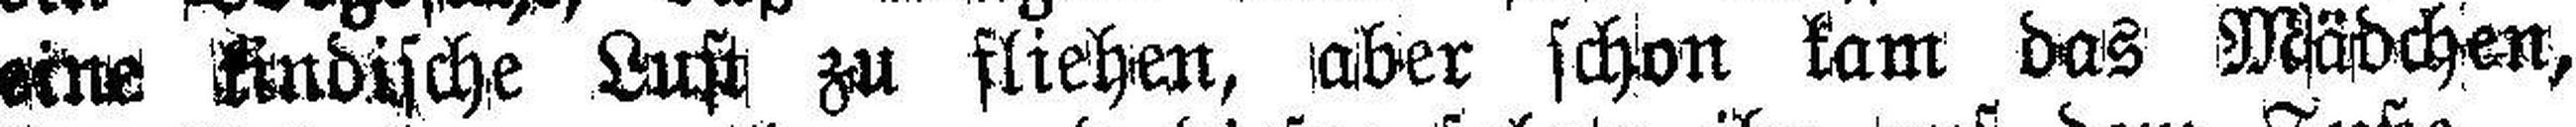
eine kindische Lust zu fliehen, aber schon kam das Mädchen,